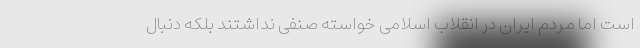
است اما مردم ایران در انقلاب اسلامی خواسته صنفی نداشتند بلکه دنبال